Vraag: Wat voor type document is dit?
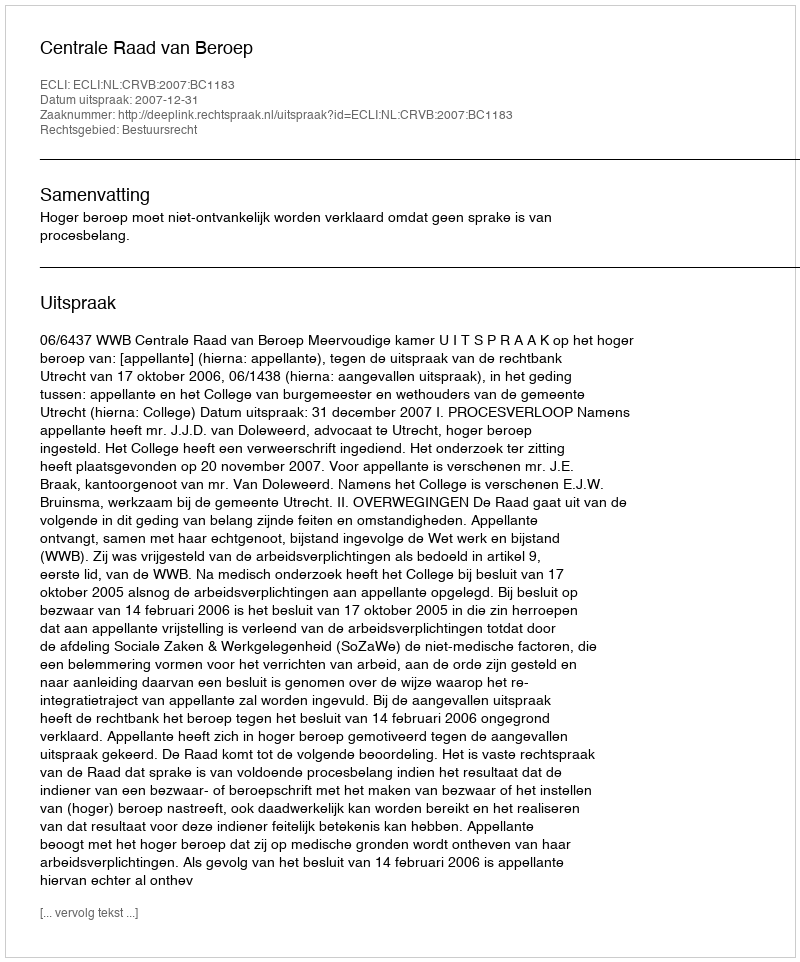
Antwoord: Uitspraak